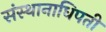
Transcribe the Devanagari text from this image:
संस्थानाधिपती